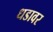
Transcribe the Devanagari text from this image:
धडावर